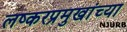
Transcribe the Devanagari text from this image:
लष्करप्रमुखांच्या